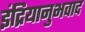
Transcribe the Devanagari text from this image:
इंद्रियानुभवाद